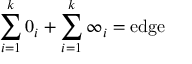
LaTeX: \sum _ { i = 1 } ^ { k } 0 _ { i } + \sum _ { i = 1 } ^ { k } \infty _ { i } = \mathrm { e d g e }